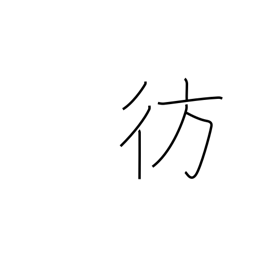
Meaning: stray